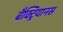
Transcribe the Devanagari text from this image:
बैक्ट्रियानस